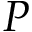
P